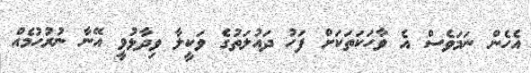
އެހެން ނަމަވެސް އެ ވާހަކަތަކަށް ފަހު ދައުލަތުގެ ވަކީލާ ވިދާޅުވީ އޭނާ ނުރުހުމެއް